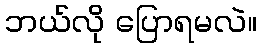
ဘယ်လို ပြောရမလဲ။